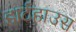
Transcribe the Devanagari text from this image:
हार्टहाउस